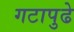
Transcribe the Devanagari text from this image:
गटापुढे